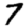
Digit: 7